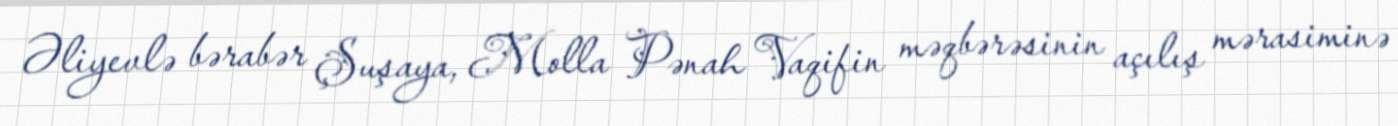
Əliyevlə bərabər Şuşaya, Molla Pənah Vaqifin məqbərəsinin açılış mərasiminə